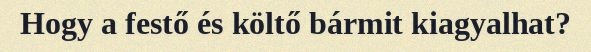
Hogy a festő és költő bármit kiagyalhat?